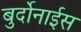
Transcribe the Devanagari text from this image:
बुर्दोनाईस